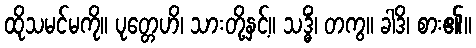
ထိုသမင်မကို။ ပုတ္တေဟိ၊ သားတို့နှင့်။ သဒ္ဓိံ၊ တကွ။ ခါဒိ၊ စား၏။